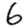
Digit: 6